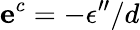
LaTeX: \mathbf{e}^{c}=-\epsilon^{\prime\prime}/d